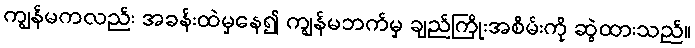
ကျွန်မကလည်း အခန်းထဲမှနေ၍ ကျွန်မဘက်မှ ချည်ကြိုးအစိမ်းကို ဆွဲထားသည်။